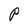
Character: P